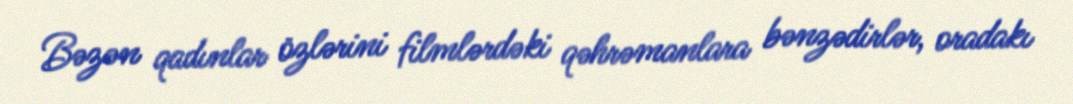
Bəzən qadınlar özlərini filmlərdəki qəhrəmanlara bənzədirlər, oradakı